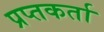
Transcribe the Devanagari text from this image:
प्रप्तकर्ता